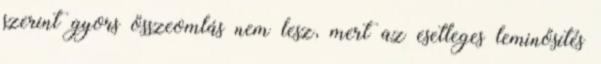
szerint gyors összeomlás nem lesz, mert az esetleges leminősítés